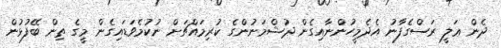
ދެން ޢަލީ ރަސްގެފާނު އެދެމީހުންނާއިގެން ދުޝްމަނުންގެ ކުރިމައްޗަށް ނުކުމެވަޑައިގެން މީގެ ތިން ބޭފުޅުން